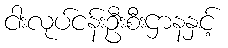
ငါးလုပ်ငန်းဦးစီးဌာနနှင့်